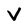
Character: V